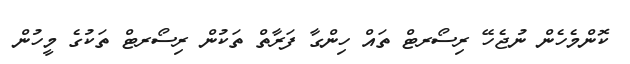
ކޮންމެހެން ނުޖެހޭ ރިސޯރޓް ތައް ހިންގާ ފަރާތް ތަކުން ރިސޯރޓް ތަކުގެ މީހުން